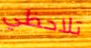
تلاحظي